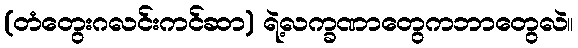
(တံတွေးဂလင်းကင်ဆာ) ရဲ့လက္ခဏာတွေကဘာတွေလဲ။